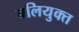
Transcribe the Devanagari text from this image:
बलियुक्त